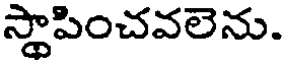
స్థాపించవలెను.